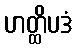
ဟတ္ထိပဒံ